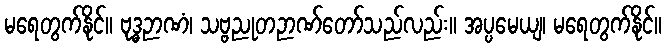
မရေတွက်နိုင်။ ဗုဒ္ဓဉာဏံ၊ သဗ္ဗညုတဉာဏ်တော်သည်လည်း။ အပ္ပမေယျ၊ မရေတွက်နိုင်။